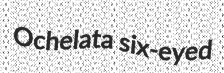
Ochelata six-eyed